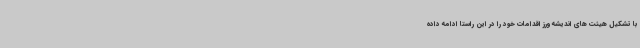
با تشکیل هیئت های اندیشه ورز اقدامات خود را در این راستا ادامه داده